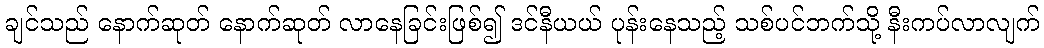
ချင်သည် နောက်ဆုတ် နောက်ဆုတ် လာနေခြင်းဖြစ်၍ ဒင်နီယယ် ပုန်းနေသည့် သစ်ပင်ဘက်သို့ နီးကပ်လာလျက်